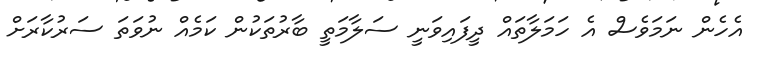
އެހެން ނަމަވެސް އެ ހަމަލާތައް ދީފައިވަނީ ސަލާމަތީ ބާރުތަކުން ކަމެއް ނުވަތަ ސަރުކާރަށް